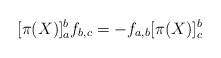
\begin{align*}[\pi(X)]_a^bf_{b,c} = -f_{a,b}[\pi(X)]_c^b\end{align*}